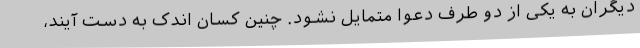
دیگران به یکی از دو طرف دعوا متمایل نشود. چنین کسان اندک به دست آیند،